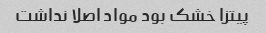
پیتزا خشک بود مواد اصلا نداشت